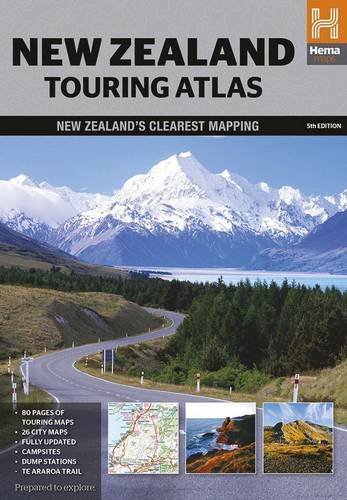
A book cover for New Zealand Touring Atlas; Travel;